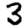
Digit: 3